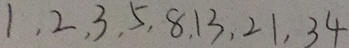
1 , 2 , 3 , 5 , 8 , 1 3 , 2 1 , 3 4